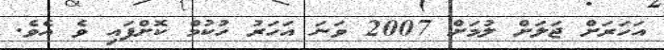
އަހަރަށް ޖަލަށް ލުމަށް 2007 ވަނަ އަހަރު ހުކުމް ކޮށްފައި ވެ އެވެ.